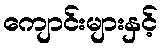
ကျောင်းများနှင့်